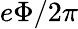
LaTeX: e\Phi/2\pi